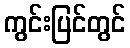
ကွင်းပြင်တွင်